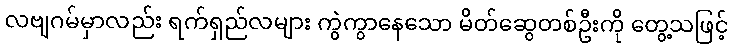
လဗျဂမ်မှာလည်း ရက်ရှည်လများ ကွဲကွာနေသော မိတ်ဆွေတစ်ဦးကို တွေ့သဖြင့်